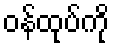
ဝန်ထုပ်ကို